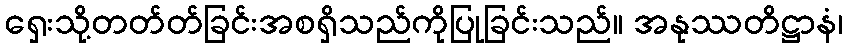
ရှေးသို့တတ်တ်ခြင်းအစရှိသည်ကိုပြုခြင်းသည်။ အနုဿတိဋ္ဌာနံ၊